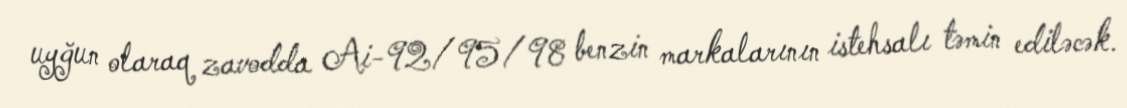
uyğun olaraq zavodda Ai-92/95/98 benzin markalarının istehsalı təmin ediləcək.